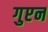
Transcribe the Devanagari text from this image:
गुप्टन